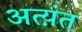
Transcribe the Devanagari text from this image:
अत्य़ंत